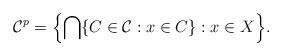
LaTeX: \begin{align*}\mathcal{C}^{p} = \Bigl\{\bigcap\{C\in\mathcal C : x\in C\} : x\in X \Bigr\}.\end{align*}